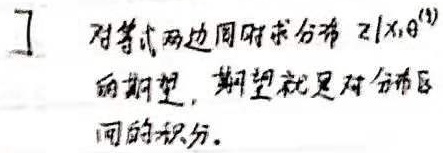
对等式两边同时求分布 \(z|x,\theta^{(t)}\) 的期望，期望就是对分布区间的积分。